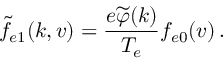
\widetilde { f } _ { e 1 } ( \boldsymbol { k } , \boldsymbol { v } ) = \frac { e \widetilde { \varphi } ( \boldsymbol { k } ) } { T _ { e } } f _ { e 0 } ( \boldsymbol { v } ) \, .